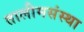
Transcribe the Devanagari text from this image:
तालीमसंस्था